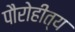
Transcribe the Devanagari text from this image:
पौरोहीत्य